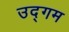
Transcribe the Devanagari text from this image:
उद्‌गम